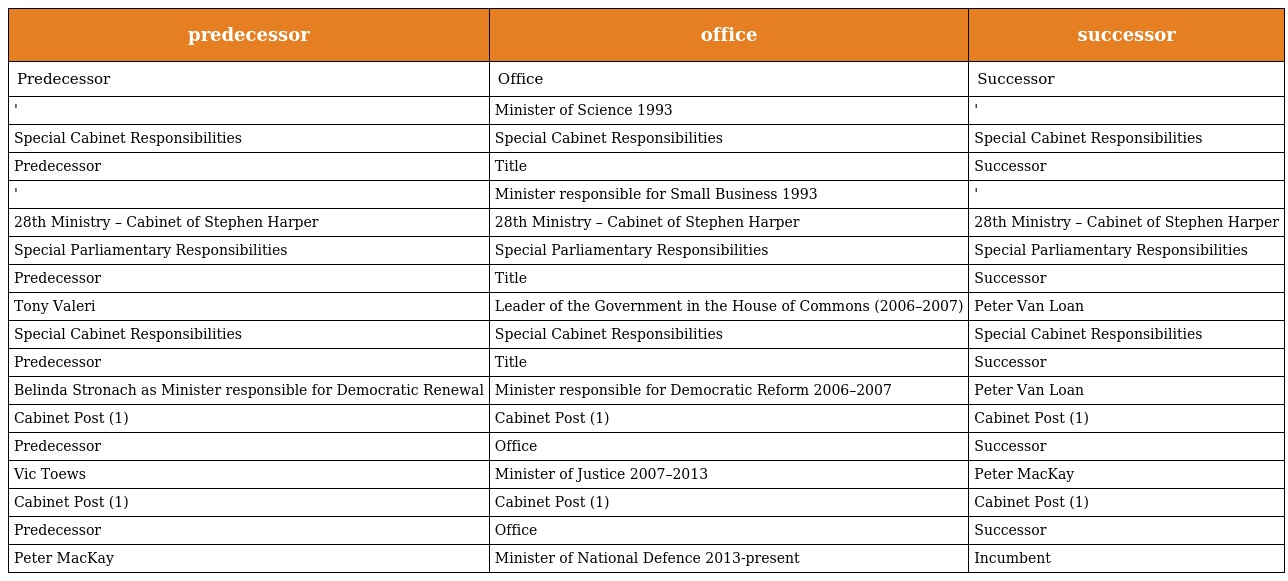
| predecessor | office | successor |
 | --- | --- | --- |
 | Predecessor | Office | Successor |
 | ' | Minister of Science 1993 | ' |
 | Special Cabinet Responsibilities | Special Cabinet Responsibilities | Special Cabinet Responsibilities |
 | Predecessor | Title | Successor |
 | ' | Minister responsible for Small Business 1993 | ' |
 | 28th Ministry – Cabinet of Stephen Harper | 28th Ministry – Cabinet of Stephen Harper | 28th Ministry – Cabinet of Stephen Harper |
 | Special Parliamentary Responsibilities | Special Parliamentary Responsibilities | Special Parliamentary Responsibilities |
 | Predecessor | Title | Successor |
 | Tony Valeri | Leader of the Government in the House of Commons (2006–2007) | Peter Van Loan |
 | Special Cabinet Responsibilities | Special Cabinet Responsibilities | Special Cabinet Responsibilities |
 | Predecessor | Title | Successor |
 | Belinda Stronach as Minister responsible for Democratic Renewal | Minister responsible for Democratic Reform 2006–2007 | Peter Van Loan |
 | Cabinet Post (1) | Cabinet Post (1) | Cabinet Post (1) |
 | Predecessor | Office | Successor |
 | Vic Toews | Minister of Justice 2007–2013 | Peter MacKay |
 | Cabinet Post (1) | Cabinet Post (1) | Cabinet Post (1) |
 | Predecessor | Office | Successor |
 | Peter MacKay | Minister of National Defence 2013-present | Incumbent |